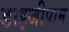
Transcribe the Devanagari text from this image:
डाइजीपाम